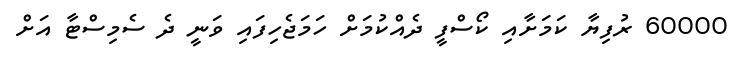
60000 ރުފިޔާ ކަމަށާއި ކޯސްފީ ދެއްކުމަށް ހަމަޖެހިފައި ވަނީ ދެ ސެމިސްޓާ އަށް